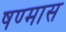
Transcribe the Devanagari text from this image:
षण्मास